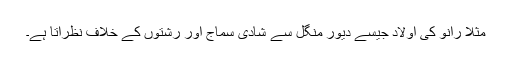
مثلا رانو کی اولاد جیسے دیور منگل سے شادی سماج اور رشتوں کے خلاف نظرآتا ہے۔